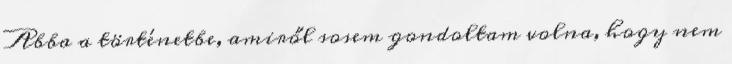
Abba a történetbe, amiről sosem gondoltam volna, hogy nem